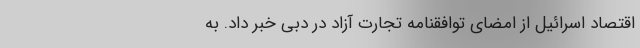
اقتصاد اسرائیل ‌از امضای توافقنامه تجارت آزاد در دبی ‌خبر داد. به